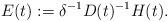
LaTeX: \begin{align*}E(t):= \delta^{-1} D(t)^{-1}H(t). \end{align*}